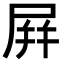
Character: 屛